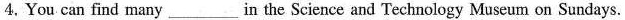
4.You can find many ___ in the Science and Technology Museum on Sundays.